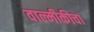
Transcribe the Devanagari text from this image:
वाल्मीकीचा